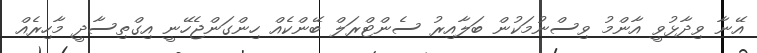
އޭނާ ވިދާޅުވީ އާންމު ވިސްނުމަކުން ބަލާއިރު ސެންޓްރަލް ބޭންކެއް ހިންގަންޖެހޭނީ އިގްތިސާދީ މާހިރެއް